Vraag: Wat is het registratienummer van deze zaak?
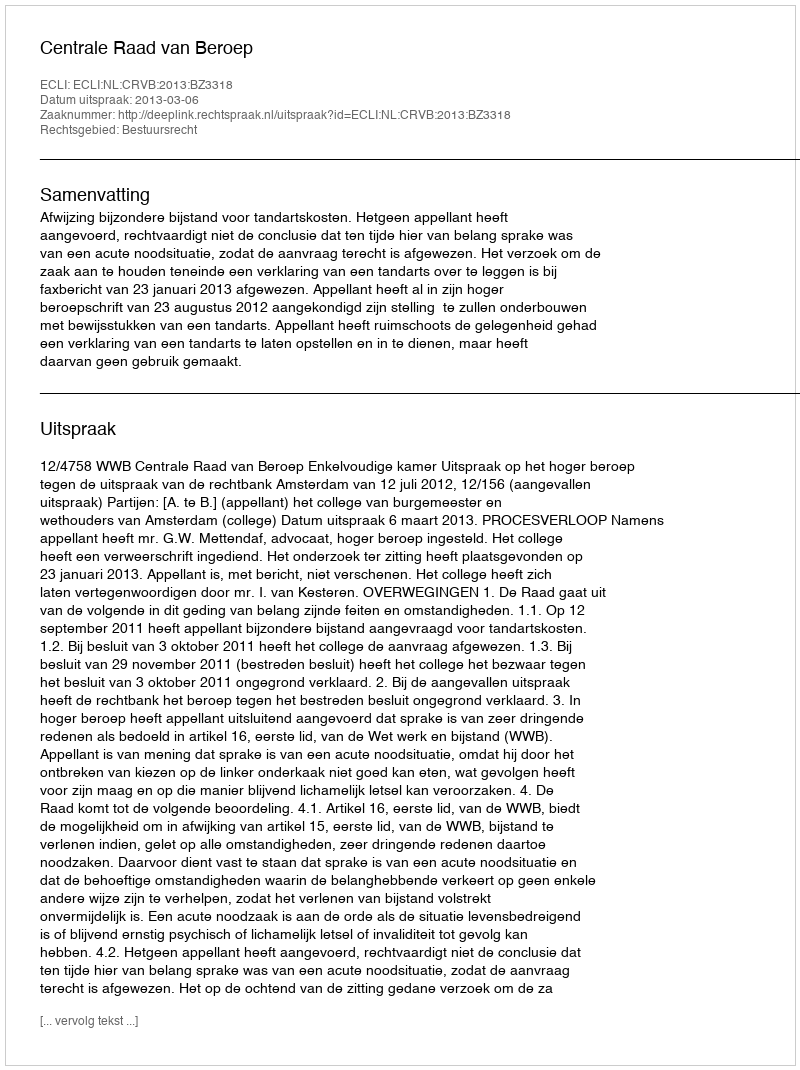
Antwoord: http://deeplink.rechtspraak.nl/uitspraak?id=ECLI:NL:CRVB:2013:BZ3318